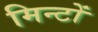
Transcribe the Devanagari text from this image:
मिन्टों